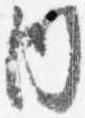
内